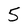
Character: 5